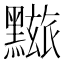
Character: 𪒓